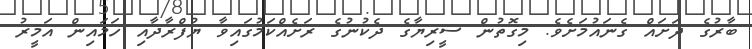
ބާރުގެ ދަށައް ގެނައުމަށެވެ. މިގޮތުން ސީރިޔާގެ ދެކުނުގެ ރަށެއްކަމުގައިވާ ޔުފްރާދާއި ހަމައިން އަމީރު